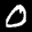
Label: 0